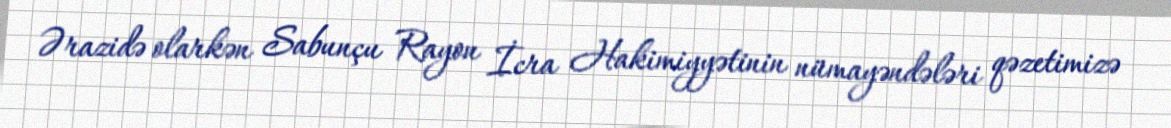
Ərazidə olarkən Sabunçu Rayon İcra Hakimiyyətinin nümayəndələri qəzetimizə